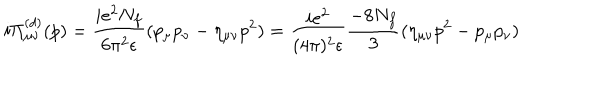
LaTeX: i \Pi _ { \mu \nu } ^ { ( d ) } ( p ) = \frac { i e ^ { 2 } N _ { f } } { 6 \pi ^ { 2 } \epsilon } ( p _ { \mu } p _ { \nu } - \eta _ { \mu \nu } p ^ { 2 } ) = \frac { i e ^ { 2 } } { ( 4 \pi ) ^ { 2 } \epsilon } \frac { - 8 N _ { f } } { 3 } ( \eta _ { \mu \nu } p ^ { 2 } - p _ { \mu } p _ { \nu } )